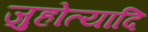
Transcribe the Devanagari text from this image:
जुहोत्यादि